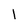
Character: 1